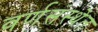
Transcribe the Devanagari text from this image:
वर्णसंस्थेत